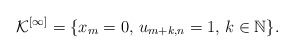
\begin{align*}\mathcal{K}^{[\infty]} = \{ x_m = 0,\, u_{m+k,n}=1,\, k\in \mathbb{N}\}.\end{align*}